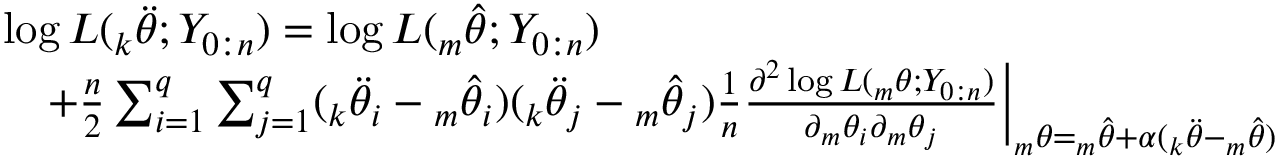
\begin{array} { r l } & { \log L ( { _ k \ddot { \theta } } ; Y _ { 0 : n } ) = \log L ( { _ m \hat { \theta } } ; Y _ { 0 : n } ) } \\ & { \quad + \frac { n } { 2 } \sum _ { i = 1 } ^ { q } \sum _ { j = 1 } ^ { q } ( { _ k \ddot { \theta } _ { i } } - { _ m \hat { \theta } _ { i } } ) ( { _ k \ddot { \theta } _ { j } } - { _ m \hat { \theta } _ { j } } ) \frac { 1 } { n } \frac { \partial ^ { 2 } \log L ( { _ m \theta } ; Y _ { 0 : n } ) } { \partial { _ m \theta _ { i } } \partial { _ m \theta _ { j } } } { \Big | } _ { { _ m \theta } = { _ m \hat { \theta } } + \alpha ( { _ k \ddot { \theta } } - { _ m \hat { \theta } } ) } } \end{array}